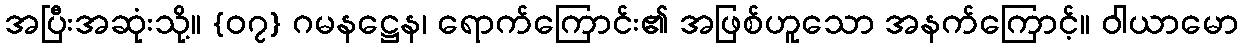
အပြီးအဆုံးသို့။ {၀၇} ဂမနဋ္ဌေန၊ ရောက်ကြောင်း၏ အဖြစ်ဟူသော အနက်ကြောင့်။ ဝါယာမော